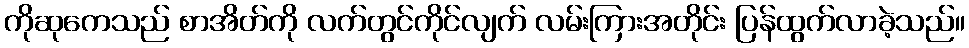
ကိုဆုကေသည် စာအိတ်ကို လက်တွင်ကိုင်လျက် လမ်းကြားအတိုင်း ပြန်ထွက်လာခဲ့သည်။